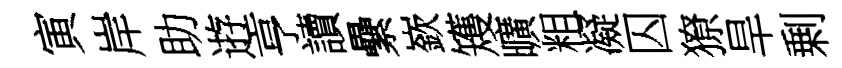
寅岸助逰亨讀纍嶔矱曠粗凝囚獠旱剰